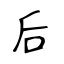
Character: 后